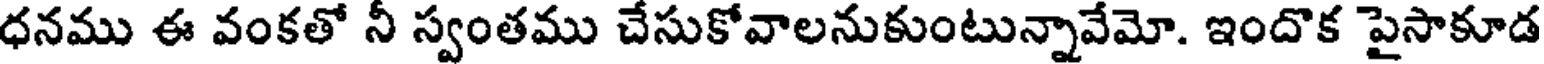
ధనము ఈ వంకతో నీ స్వంతము చేసుకోవాలనుకుంటున్నావేమో. ఇందొక పైసాకూడ